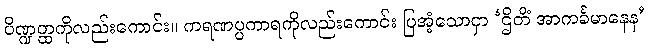
ပိဏ္ဍတ္ထကိုလည်းကောင်း။ ကရဏပ္ပကာရကိုလည်းကောင်း ပြအံ့သောငှာ ‘ဌိတိံ အာကင်္ခမာနေန’